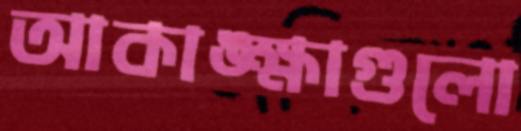
আকাঙ্ক্ষাগুলো